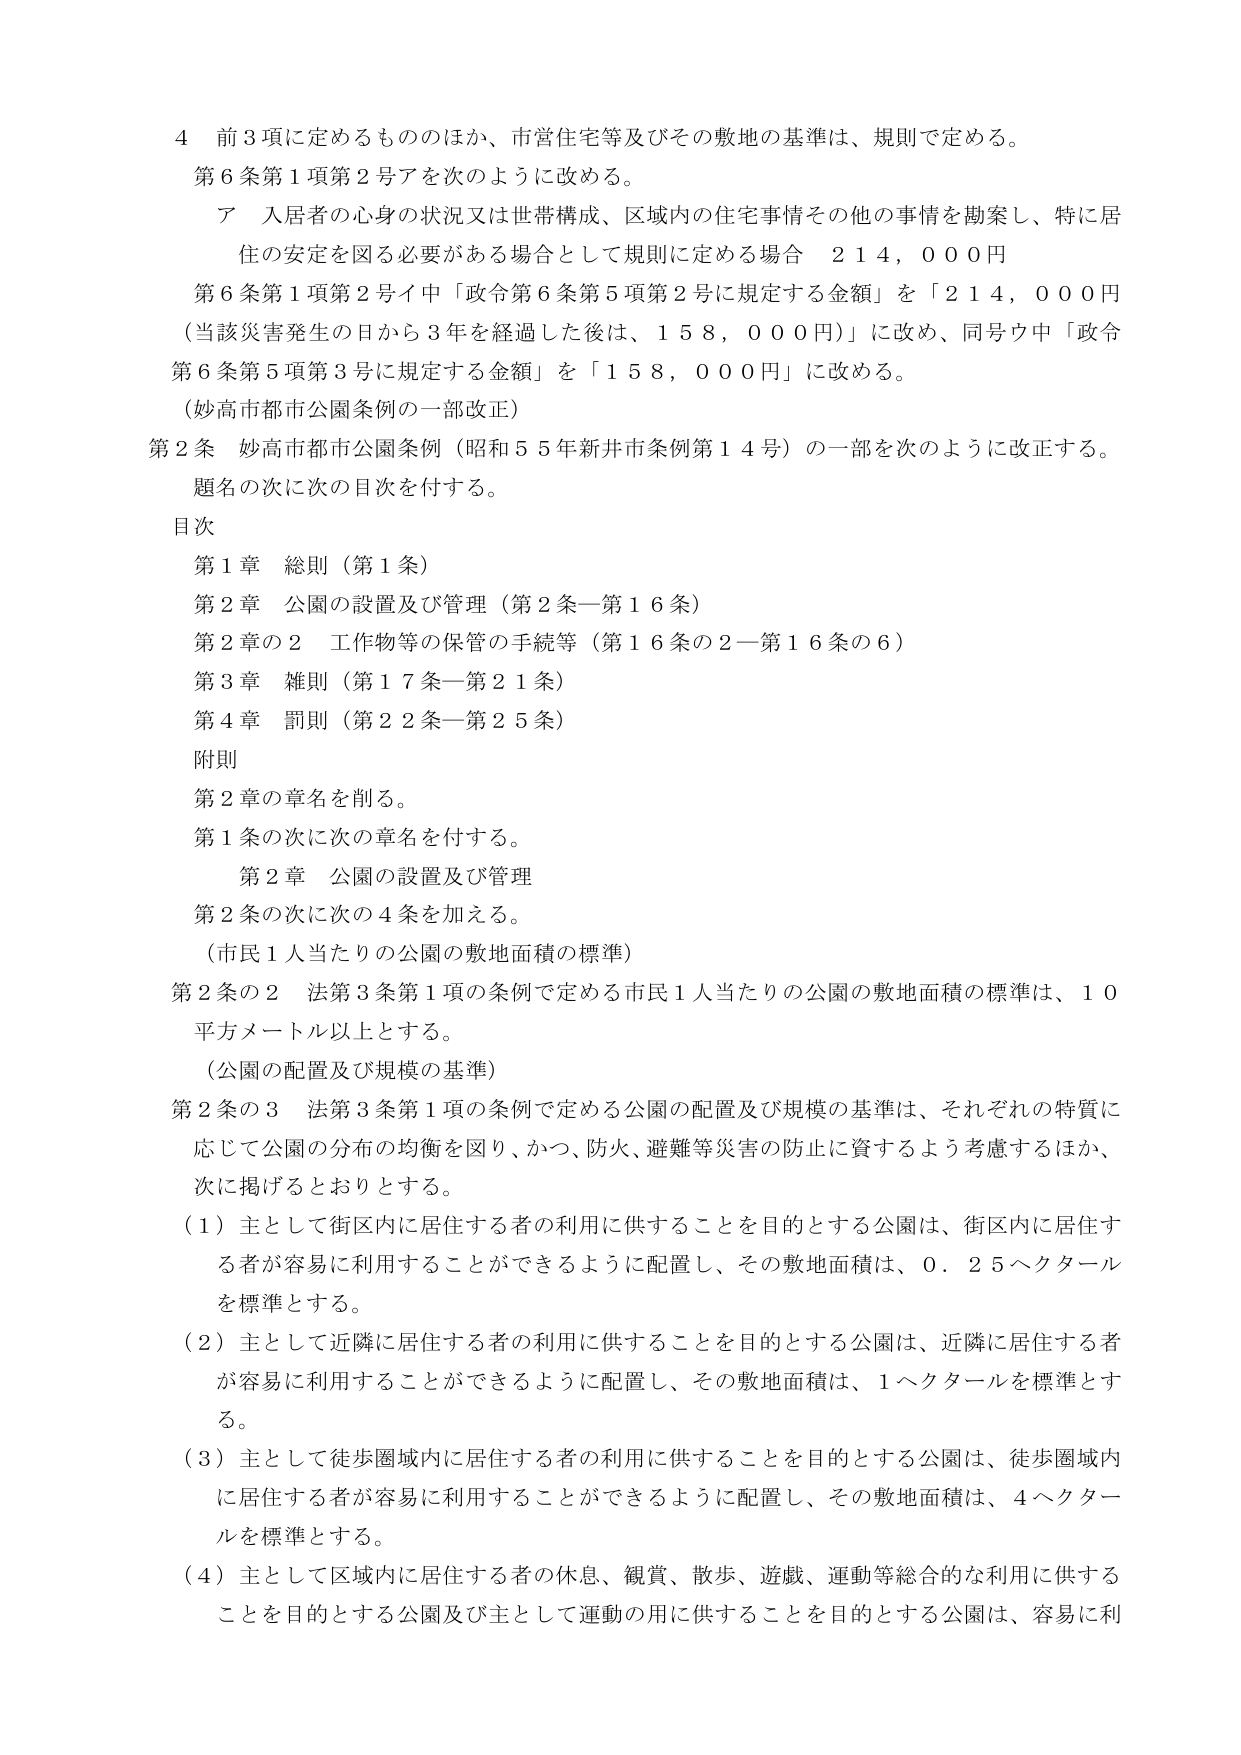
4 前3項に定めるもののほか、市営住宅等及びその敷地の基準は、規則で定める。
第6条第1項第2号アを次のように改める。
　ア 入居者の心身の状況又は世帯構成、区域内の住宅事情その他の事情を勘案し、特に居住の安定を図る必要がある場合として規則に定める場合 214,000円
第6条第1項第2号イ中「政令第6条第5項第2号に規定する金額」を「214,000円（当該災害発生の日から3年を経過した後は、158,000円）」に改め、同号ウ中「政令第6条第5項第3号に規定する金額」を「158,000円」に改める。
（妙高市都市公園条例の一部改正）
第2条 妙高市都市公園条例（昭和55年新井市条例第14号）の一部を次のように改正する。
　題名の次に次の目次を付する。
目次
　第1章 総則（第1条）
　第2章 公園の設置及び管理（第2条―第16条）
　第2章の2 工作物等の保管の手続等（第16条の2―第16条の6）
　第3章 雑則（第17条―第21条）
　第4章 罰則（第22条―第25条）
　附則
　第2章の章名を削る。
　第1条の次に次の章名を付する。
　　第2章 公園の設置及び管理
　第2条の次に次の4条を加える。
　（市民1人当たりの公園の敷地面積の標準）
第2条の2 法第3条第1項の条例で定める市民1人当たりの公園の敷地面積の標準は、10平方メートル以上とする。
　（公園の配置及び規模の基準）
第2条の3 法第3条第1項の条例で定める公園の配置及び規模の基準は、それぞれの特質に応じて公園の分布の均衡を図り、かつ、防火、避難等災害の防止に資するよう考慮するほか、次に掲げるとおりとする。
　（1）主として街区内に居住する者の利用に供することを目的とする公園は、街区内に居住する者が容易に利用することができるように配置し、その敷地面積は、0.25ヘクタールを標準とする。
　（2）主として近隣に居住する者の利用に供することを目的とする公園は、近隣に居住する者が容易に利用することができるように配置し、その敷地面積は、1ヘクタールを標準とする。
　（3）主として徒歩圏域内に居住する者の利用に供することを目的とする公園は、徒歩圏域内に居住する者が容易に利用することができるように配置し、その敷地面積は、4ヘクタールを標準とする。
　（4）主として区域内に居住する者の休息、観賞、散歩、遊戯、運動等総合的な利用に供することを目的とする公園及び主として運動の用に供することを目的とする公園は、容易に利